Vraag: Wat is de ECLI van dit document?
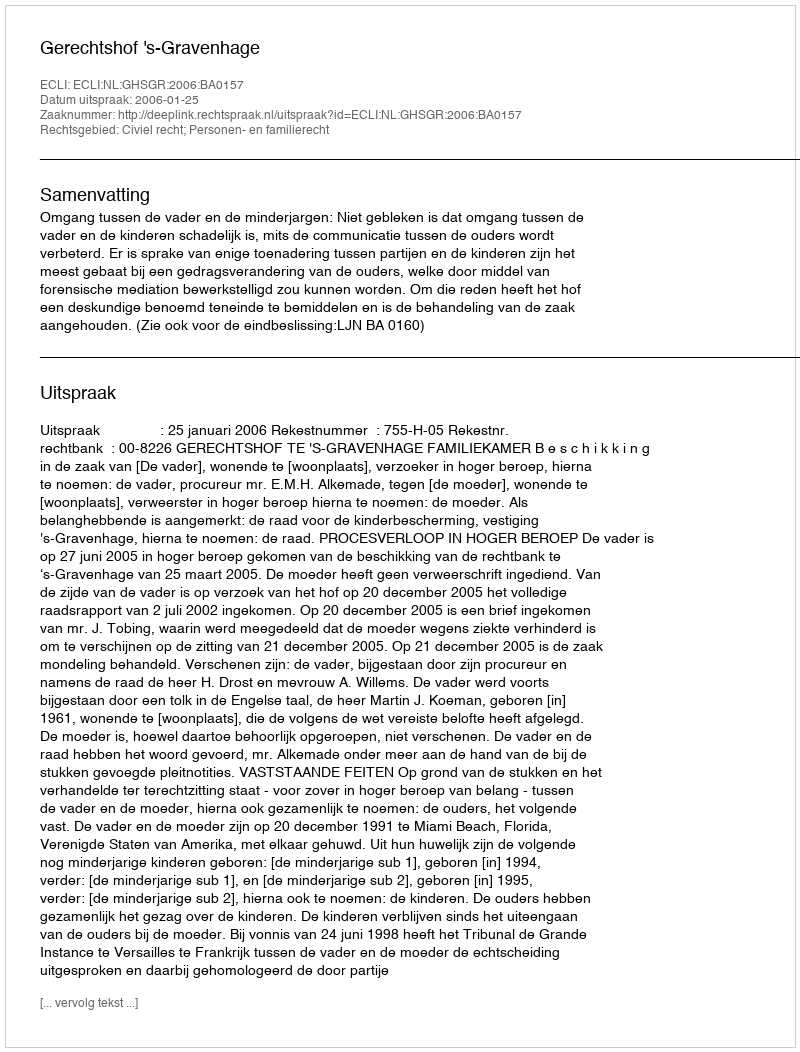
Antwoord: ECLI:NL:GHSGR:2006:BA0157